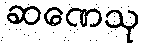
ဆဏေသု